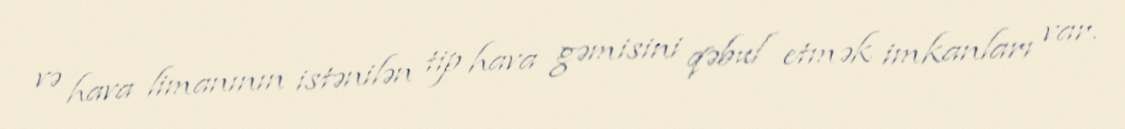
və hava limanının istənilən tip hava gəmisini qəbul etmək imkanları var.